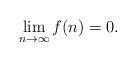
LaTeX: \begin{align*} \lim_{n \to \infty} f(n) = 0.\end{align*}